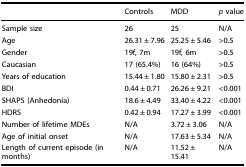
<table><thead><tr><td></td><td><b>Controls</b></td><td><b>MDD</b></td><td><b><i>p</i> value</b></td></tr></thead><tbody><tr><td>Sample size</td><td>26</td><td>25</td><td>N/A</td></tr><tr><td>Age</td><td>26.31 ± 7.96</td><td>25.25 ± 5.46</td><td>&gt;0.5</td></tr><tr><td>Gender</td><td>19f, 7m</td><td>19f, 6m</td><td>&gt;0.5</td></tr><tr><td>Caucasian</td><td>17 (65.4%)</td><td>16 (64%)</td><td>&gt;0.5</td></tr><tr><td>Years of education</td><td>15.44 ± 1.80</td><td>15.80 ± 2.31</td><td>&gt;0.5</td></tr><tr><td>BDI</td><td>0.44 ± 0.71</td><td>26.26 ± 9.21</td><td>&lt;0.001</td></tr><tr><td>SHAPS (Anhedonia)</td><td>18.6 ± 4.49</td><td>33.40 ± 4.22</td><td>&lt;0.001</td></tr><tr><td>HDRS</td><td>0.42 ± 0.94</td><td>17.27 ± 3.99</td><td>&lt;0.001</td></tr><tr><td>Number of lifetime MDEs</td><td>N/A</td><td>3.72 ± 3.06</td><td>N/A</td></tr><tr><td>Age of initial onset</td><td>N/A</td><td>17.63 ± 5.34</td><td>N/A</td></tr><tr><td>Length of current episode (in months)</td><td>N/A</td><td>11.52 ± 15.41</td><td>N/A</td></tr></tbody></table>